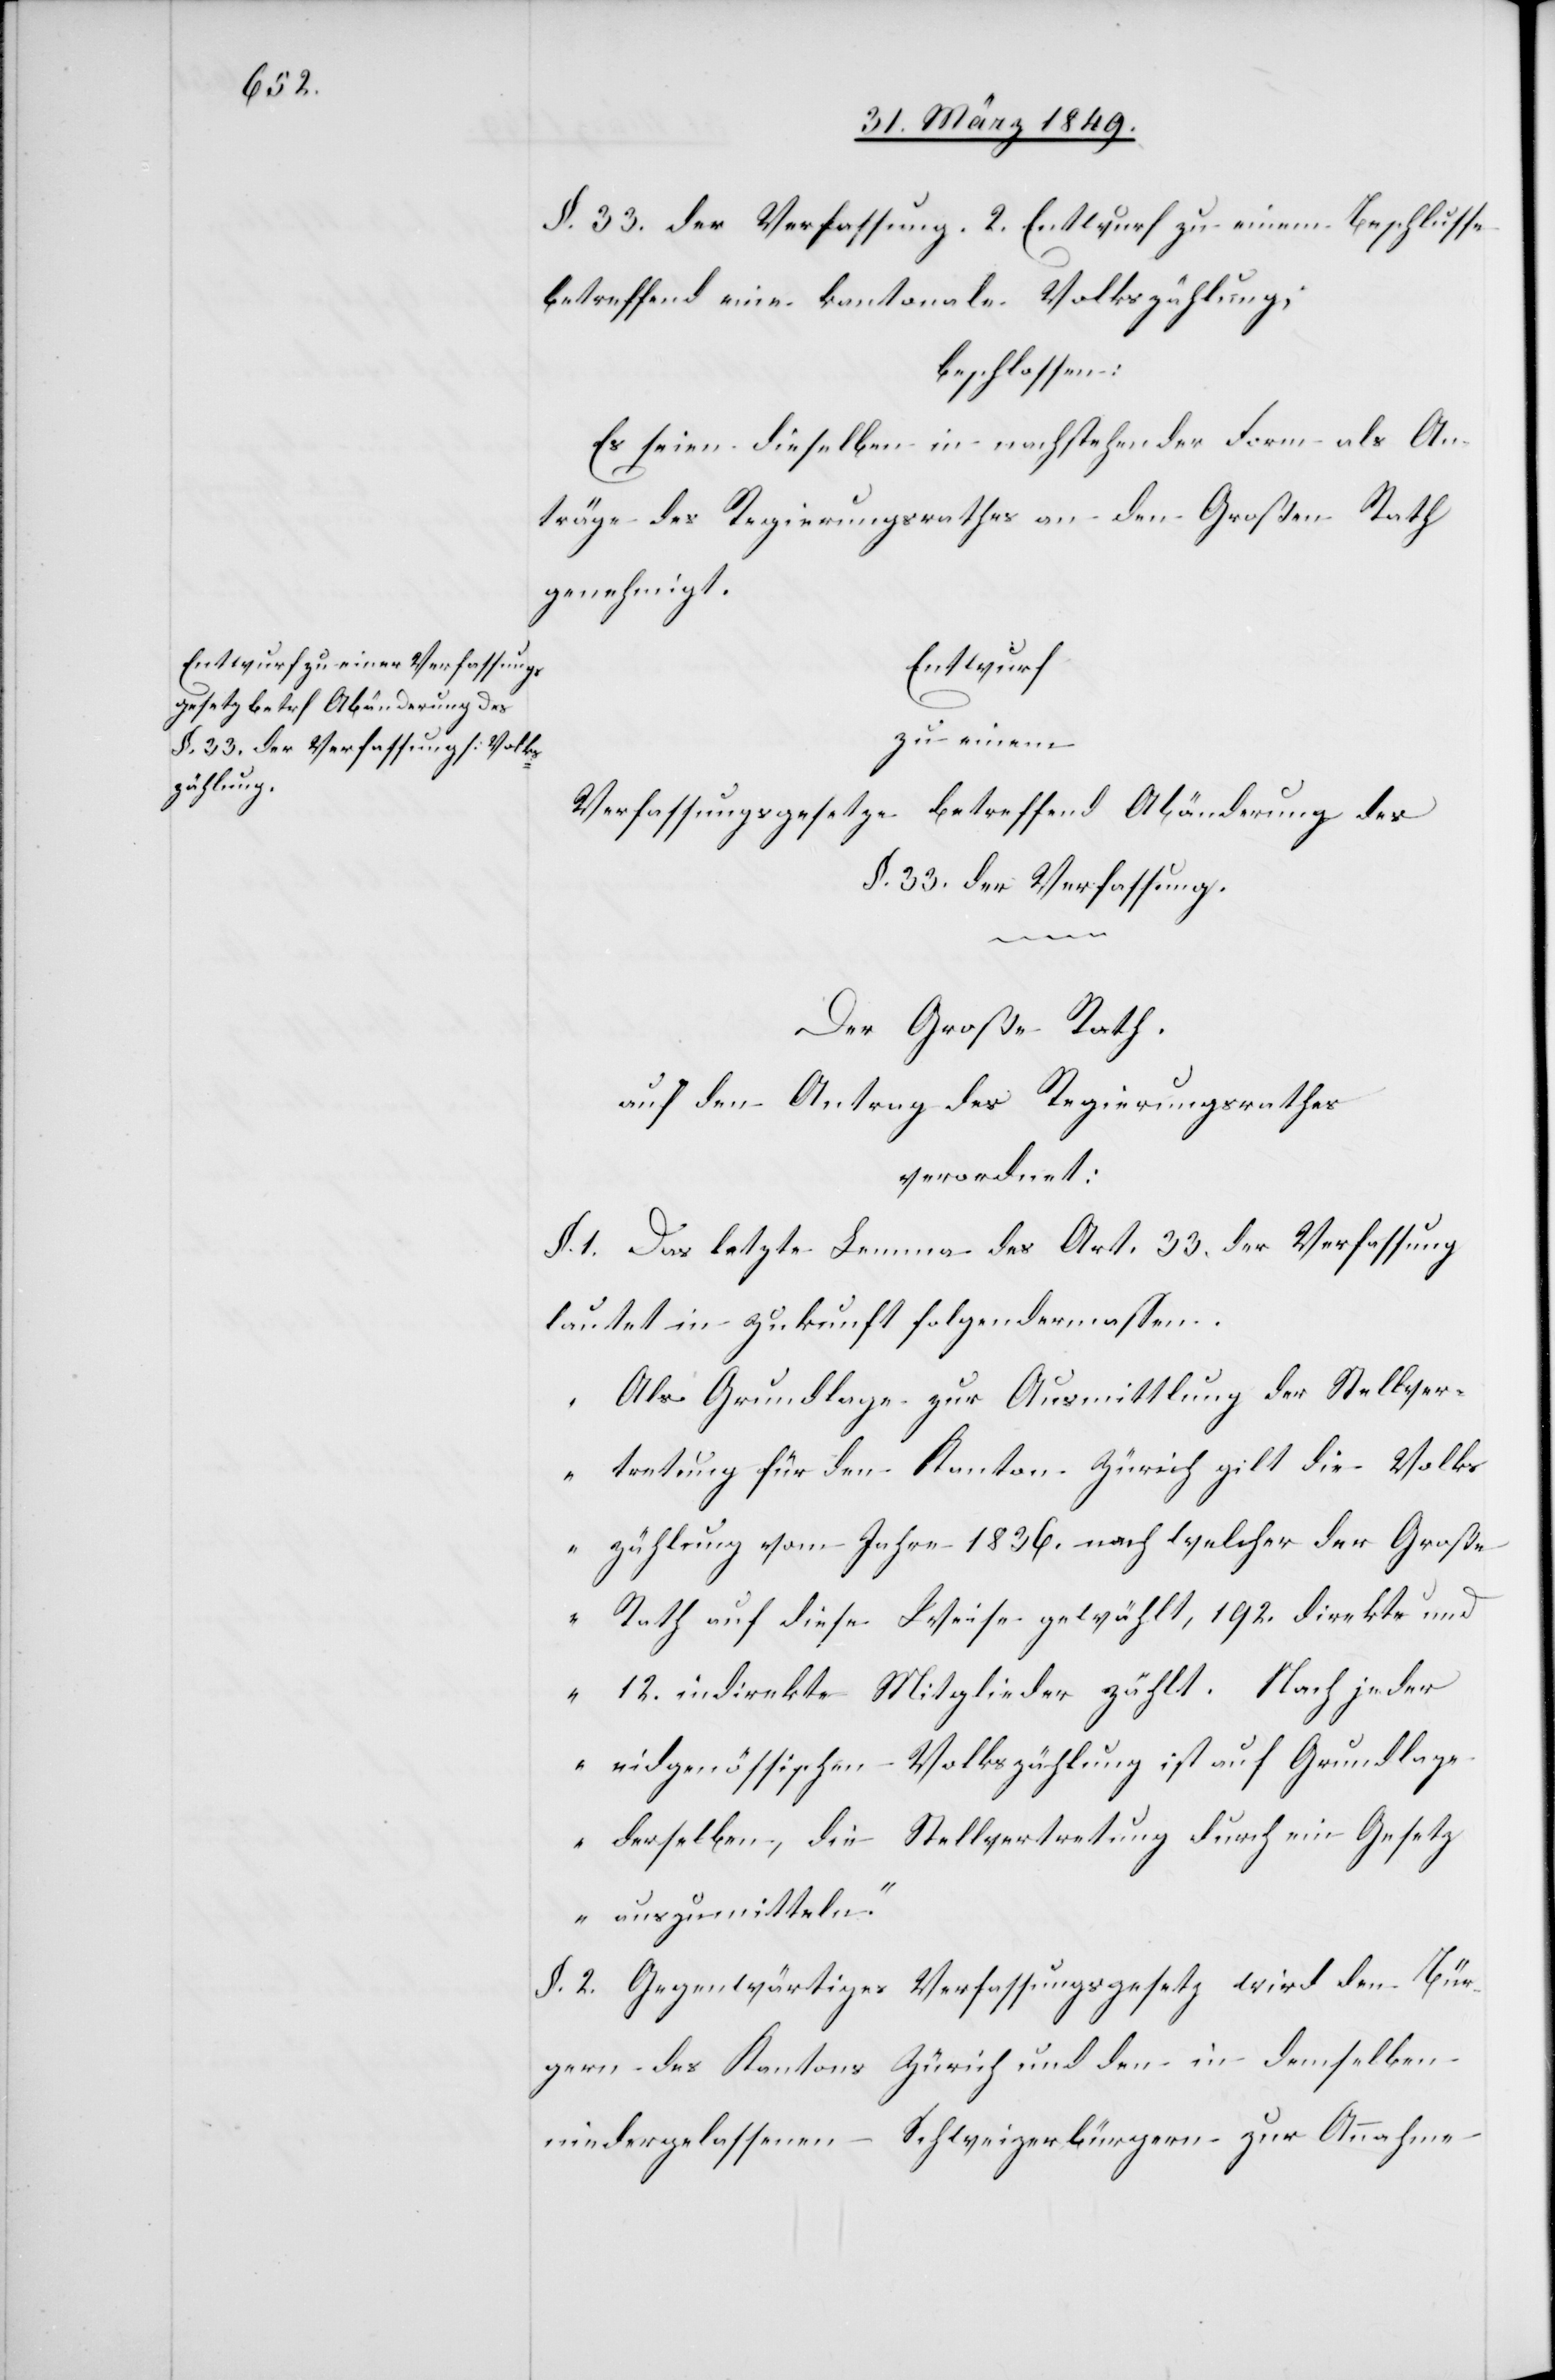
§. 33. der Verfassung. 2. Entwurf zu einem Beschlusse
betreffend eine kantonale Volkszählung;
beschlossen:
Es seien dieselben in nachstehender Form als An¬
träge des Regierungsrathes an den Großen Rath
genehmigt.
Entwurf
zu einem
Verfassungsgesetze betreffend Abänderung des
§. 33. der Verfassung.
Der Große Rath.
auf den Antrag des Regierungsrathes
verordnet:
§. 1. Das letzte Lemma des Art. 33. der Verfassung
lautet in Zukunft folgendermassen.
„Als Grundlage zur Ausmittlung der Stellver¬
tretung für den Kanton Zürich gilt die Volks¬
zählung vom Jahre 1836. nach welcher der Große
Rath auf diese Weise gewählt, 192. direkte und
12. indirekte Mitglieder zählt. Nach jeder
eidgenössischen Volkszählung ist auf Grundlage
derselben, die Stellvertretung durch ein Gesetz
auszumitteln.“
§. 2. Gegenwärtiges Verfassungsgesetz wird den Bür¬
gern des Kantons Zürich und den in demselben
niedergelassenen Schweizerbürgern zur Annahme